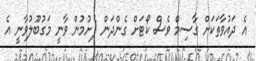
އެ ދައުވާތަކަށް ގާސިމް ވެސް ކޯޓަށް ގެންދަން ފެށުމުން ވާނީ މަގުބޫލުވާނީ އެ